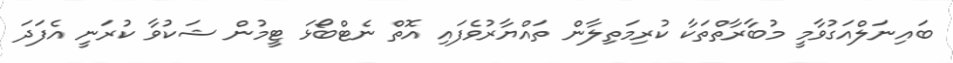
ބައިނަލްއަގުވާމީ މުބާރާތްތަކާ ކުރިމަތިލާން ތައްޔާރުވެފައި އޮތް ނެޓްބޯޅަ ޓީމުން ޝަކުވާ ކުރަނީ އެފަދަ